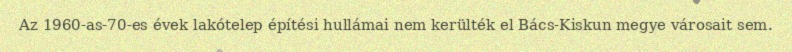
Az 1960-as-70-es évek lakótelep építési hullámai nem kerülték el Bács-Kiskun megye városait sem.